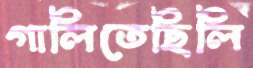
গালিতেছিলি